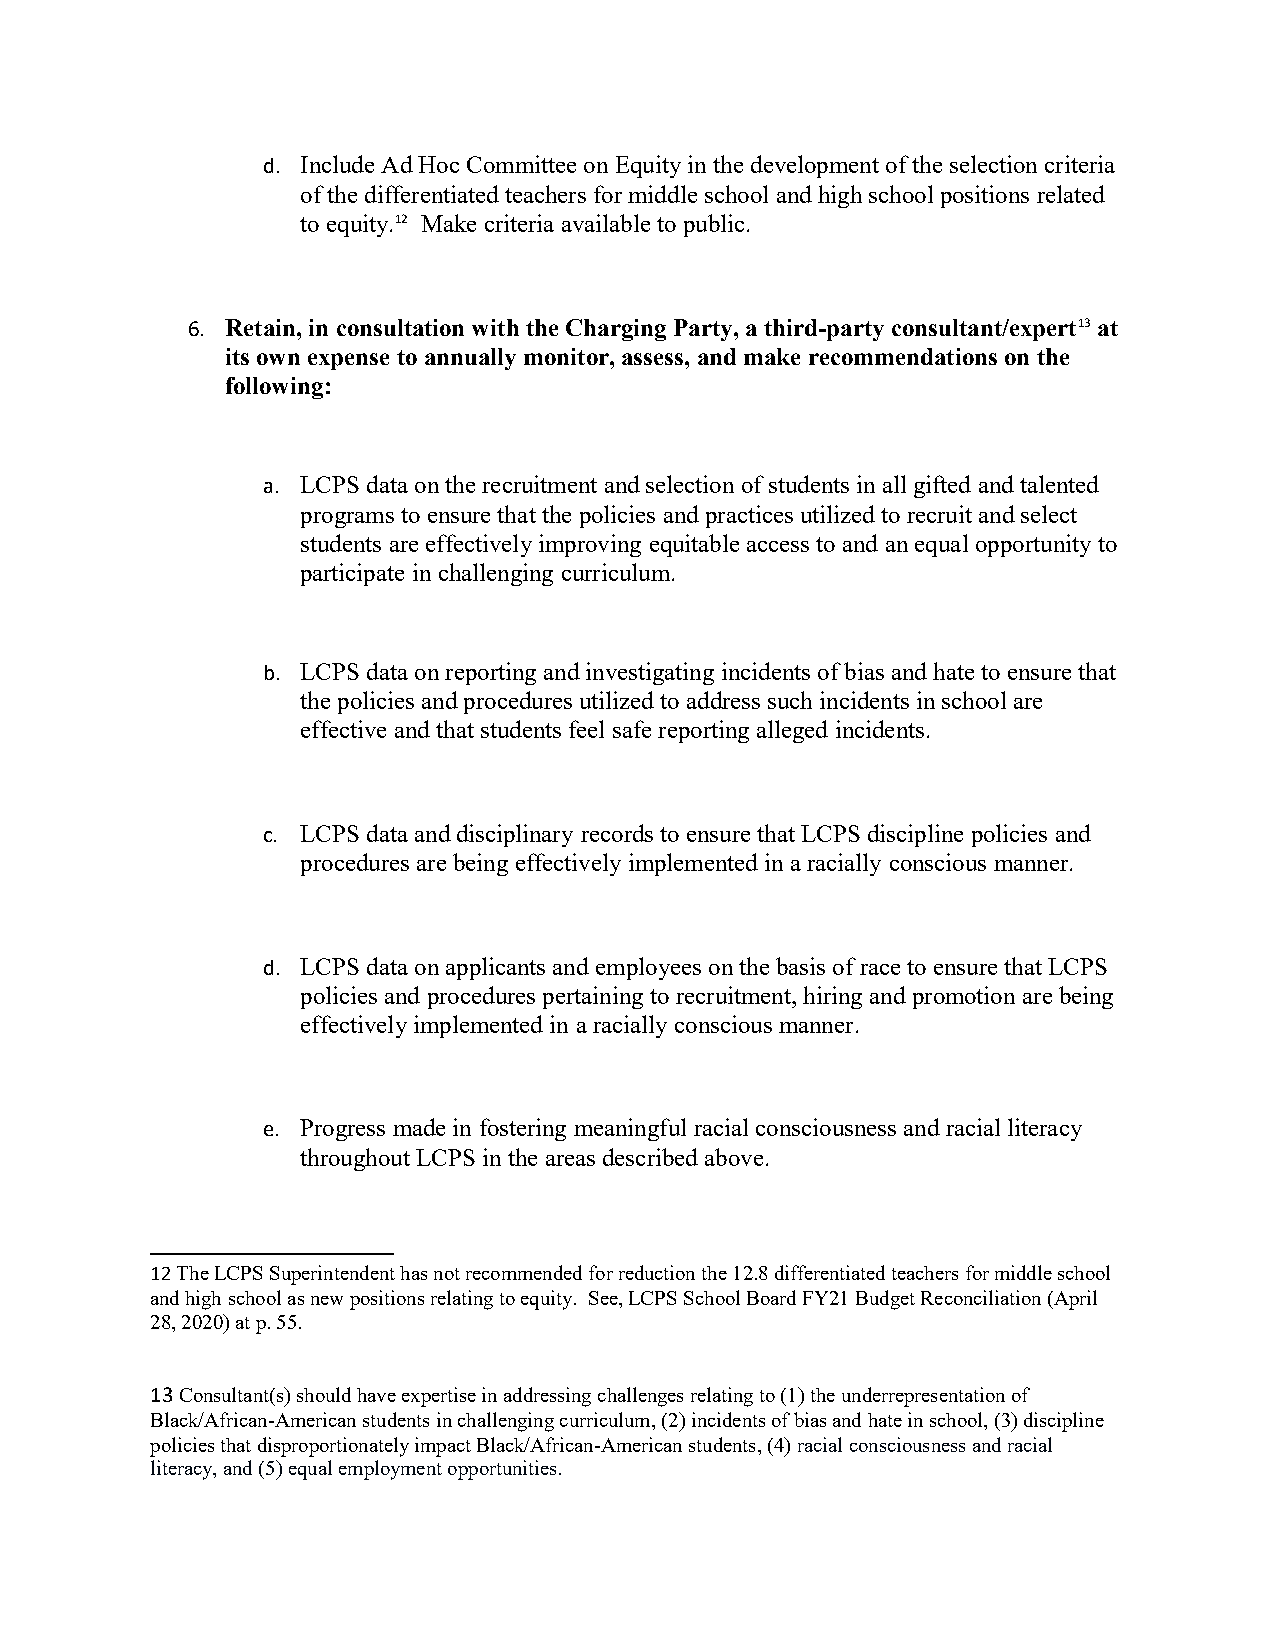
d. Include Ad Hoc Committee on Equity in the development of the selection criteria
 of the differentiated teachers for middle school and high school positions related
 to equity.12 Make criteria available to public.
 6. Retain, in consultation with the Charging Party, a third-party consultant/expert13 at
 its own expense to annually monitor, assess, and make recommendations on the
 following:
 a. LCPS data on the recruitment and selection of students in all gifted and talented
 programs to ensure that the policies and practices utilized to recruit and select
 students are effectively improving equitable access to and an equal opportunity to
 participate in challenging curriculum.
 b. LCPS data on reporting and investigating incidents of bias and hate to ensure that
 the policies and procedures utilized to address such incidents in school are
 effective and that students feel safe reporting alleged incidents.
 c. LCPS data and disciplinary records to ensure that LCPS discipline policies and
 procedures are being effectively implemented in a racially conscious manner.
 d. LCPS data on applicants and employees on the basis of race to ensure that LCPS
 policies and procedures pertaining to recruitment, hiring and promotion are being
 effectively implemented in a racially conscious manner.
 e. Progress made in fostering meaningful racial consciousness and racial literacy
 throughout LCPS in the areas described above.
 12 The LCPS Superintendent has not recommended for reduction the 12.8 differentiated teachers for middle school
 and high school as new positions relating to equity. See, LCPS School Board FY21 Budget Reconciliation (April
 28, 2020) at p. 55.
 13 Consultant(s) should have expertise in addressing challenges relating to (1) the underrepresentation of
 Black/African-American students in challenging curriculum, (2) incidents of bias and hate in school, (3) discipline
 policies that disproportionately impact Black/African-American students, (4) racial consciousness and racial
 literacy, and (5) equal employment opportunities.